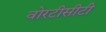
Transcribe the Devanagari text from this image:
वोरटीसीटी